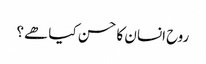
روح انسان کا حسن کیا ھے؟